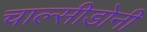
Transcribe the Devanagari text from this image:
चाल्सीडोनी